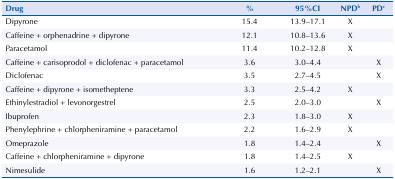
| Drug | % | 95%CI | NPDb | PDc |
 | --- | --- | --- | --- | --- |
 | Dipyrone | 15.4 | 13.9–17.1 | X |  |
 | Caffeine + orphenadrine + dipyrone | 12.1 | 10.8–13.6 | X |  |
 | Paracetamol | 11.4 | 10.2–12.8 | X |  |
 | Caffeine + carisoprodol + diclofenac + paracetamol | 3.6 | 3.0–4.4 |  | X |
 | Diclofenac | 3.5 | 2.7–4.5 |  | X |
 | Caffeine + dipyrone + isometheptene | 3.3 | 2.5–4.2 | X |  |
 | Ethinylestradiol + levonorgestrel | 2.5 | 2.0–3.0 |  | X |
 | Ibuprofen | 2.3 | 1.8–3.0 | X |  |
 | Phenylephrine + chlorpheniramine + paracetamol | 2.2 | 1.6–2.9 | X |  |
 | Omeprazole | 1.8 | 1.4–2.4 |  | X |
 | Caffeine + chlorpheniramine + dipyrone | 1.8 | 1.4–2.5 | X |  |
 | Nimesulide | 1.6 | 1.2–2.1 |  | X |